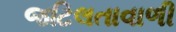
જટિલતાવાળી